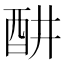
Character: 𬪦